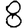
Digit: 8